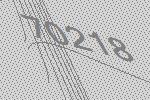
70218